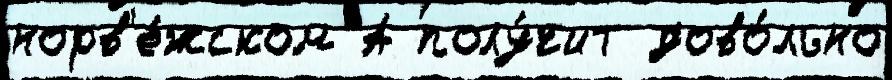
норв'е́жском А полу́чит дово́льно